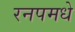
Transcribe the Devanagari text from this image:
रनपमधे